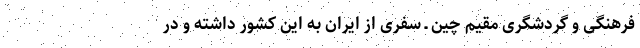
فرهنگی و گردشگری مقیمِ چین ـ سفری از ایران به این کشور داشته و در